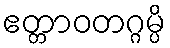
ဧတ္တာဝတဂ္ဂမ္ပိ